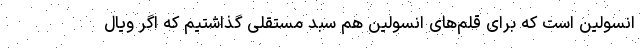
انسولین است که برای قلم‌های انسولین هم سبد مستقلی گذاشتیم که اگر ویال